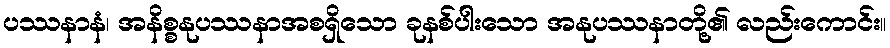
ပဿနာနံ၊ အနိစ္စနုပဿနာအစရှိသော ခုနစ်ပါးသော အနုပဿနာတို့၏ လည်းကောင်း။